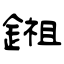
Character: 鎺